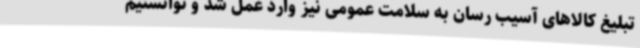
تبلیغ کالاهای آسیب ‌رسان به سلامت عمومی نیز وارد عمل شد و توانستیم